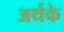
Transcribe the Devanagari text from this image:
अर्थके